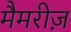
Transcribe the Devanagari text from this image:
मैमरीज़